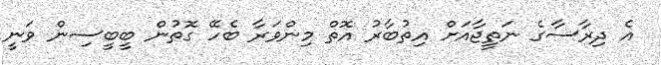
އެ ދިރާސާގެ ނަތީޖާއަށް އިތުބާރު އޮތް މިންވަަރާ ބެހޭ ގޮތުން ބީބީސިން ވަނީ